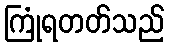
ကြုံရတတ်သည်